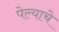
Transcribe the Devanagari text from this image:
पेल्याचे